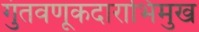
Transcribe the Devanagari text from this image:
गुंतवणूकदाराभिमुख